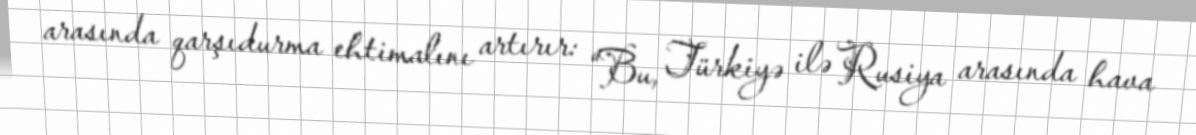
arasında qarşıdurma ehtimalını artırır: “Bu, Türkiyə ilə Rusiya arasında hava